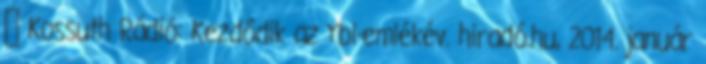
↑ Kossuth Rádió: Kezdődik az Ybl-emlékév. hiradó.hu, 2014. január